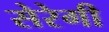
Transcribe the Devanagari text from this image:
सेरेगी